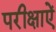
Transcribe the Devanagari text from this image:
परीक्षाऐं